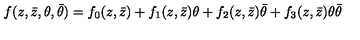
f ( z , \bar { z } , \theta , \bar { \theta } ) = f _ { 0 } ( z , \bar { z } ) + f _ { 1 } ( z , \bar { z } ) \theta + f _ { 2 } ( z , \bar { z } ) \bar { \theta } + f _ { 3 } ( z , \bar { z } ) \theta \bar { \theta }